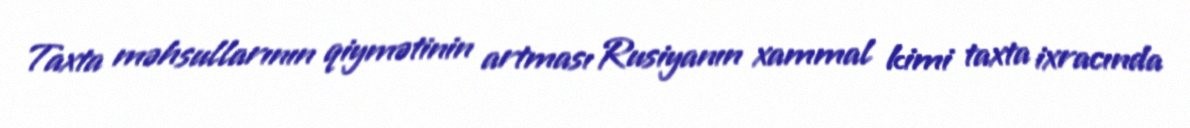
Taxta məhsullarının qiymətinin artması Rusiyanın xammal kimi taxta ixracında